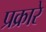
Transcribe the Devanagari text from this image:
प्रक्रारे